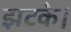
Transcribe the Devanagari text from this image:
झटके।